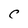
Character: C